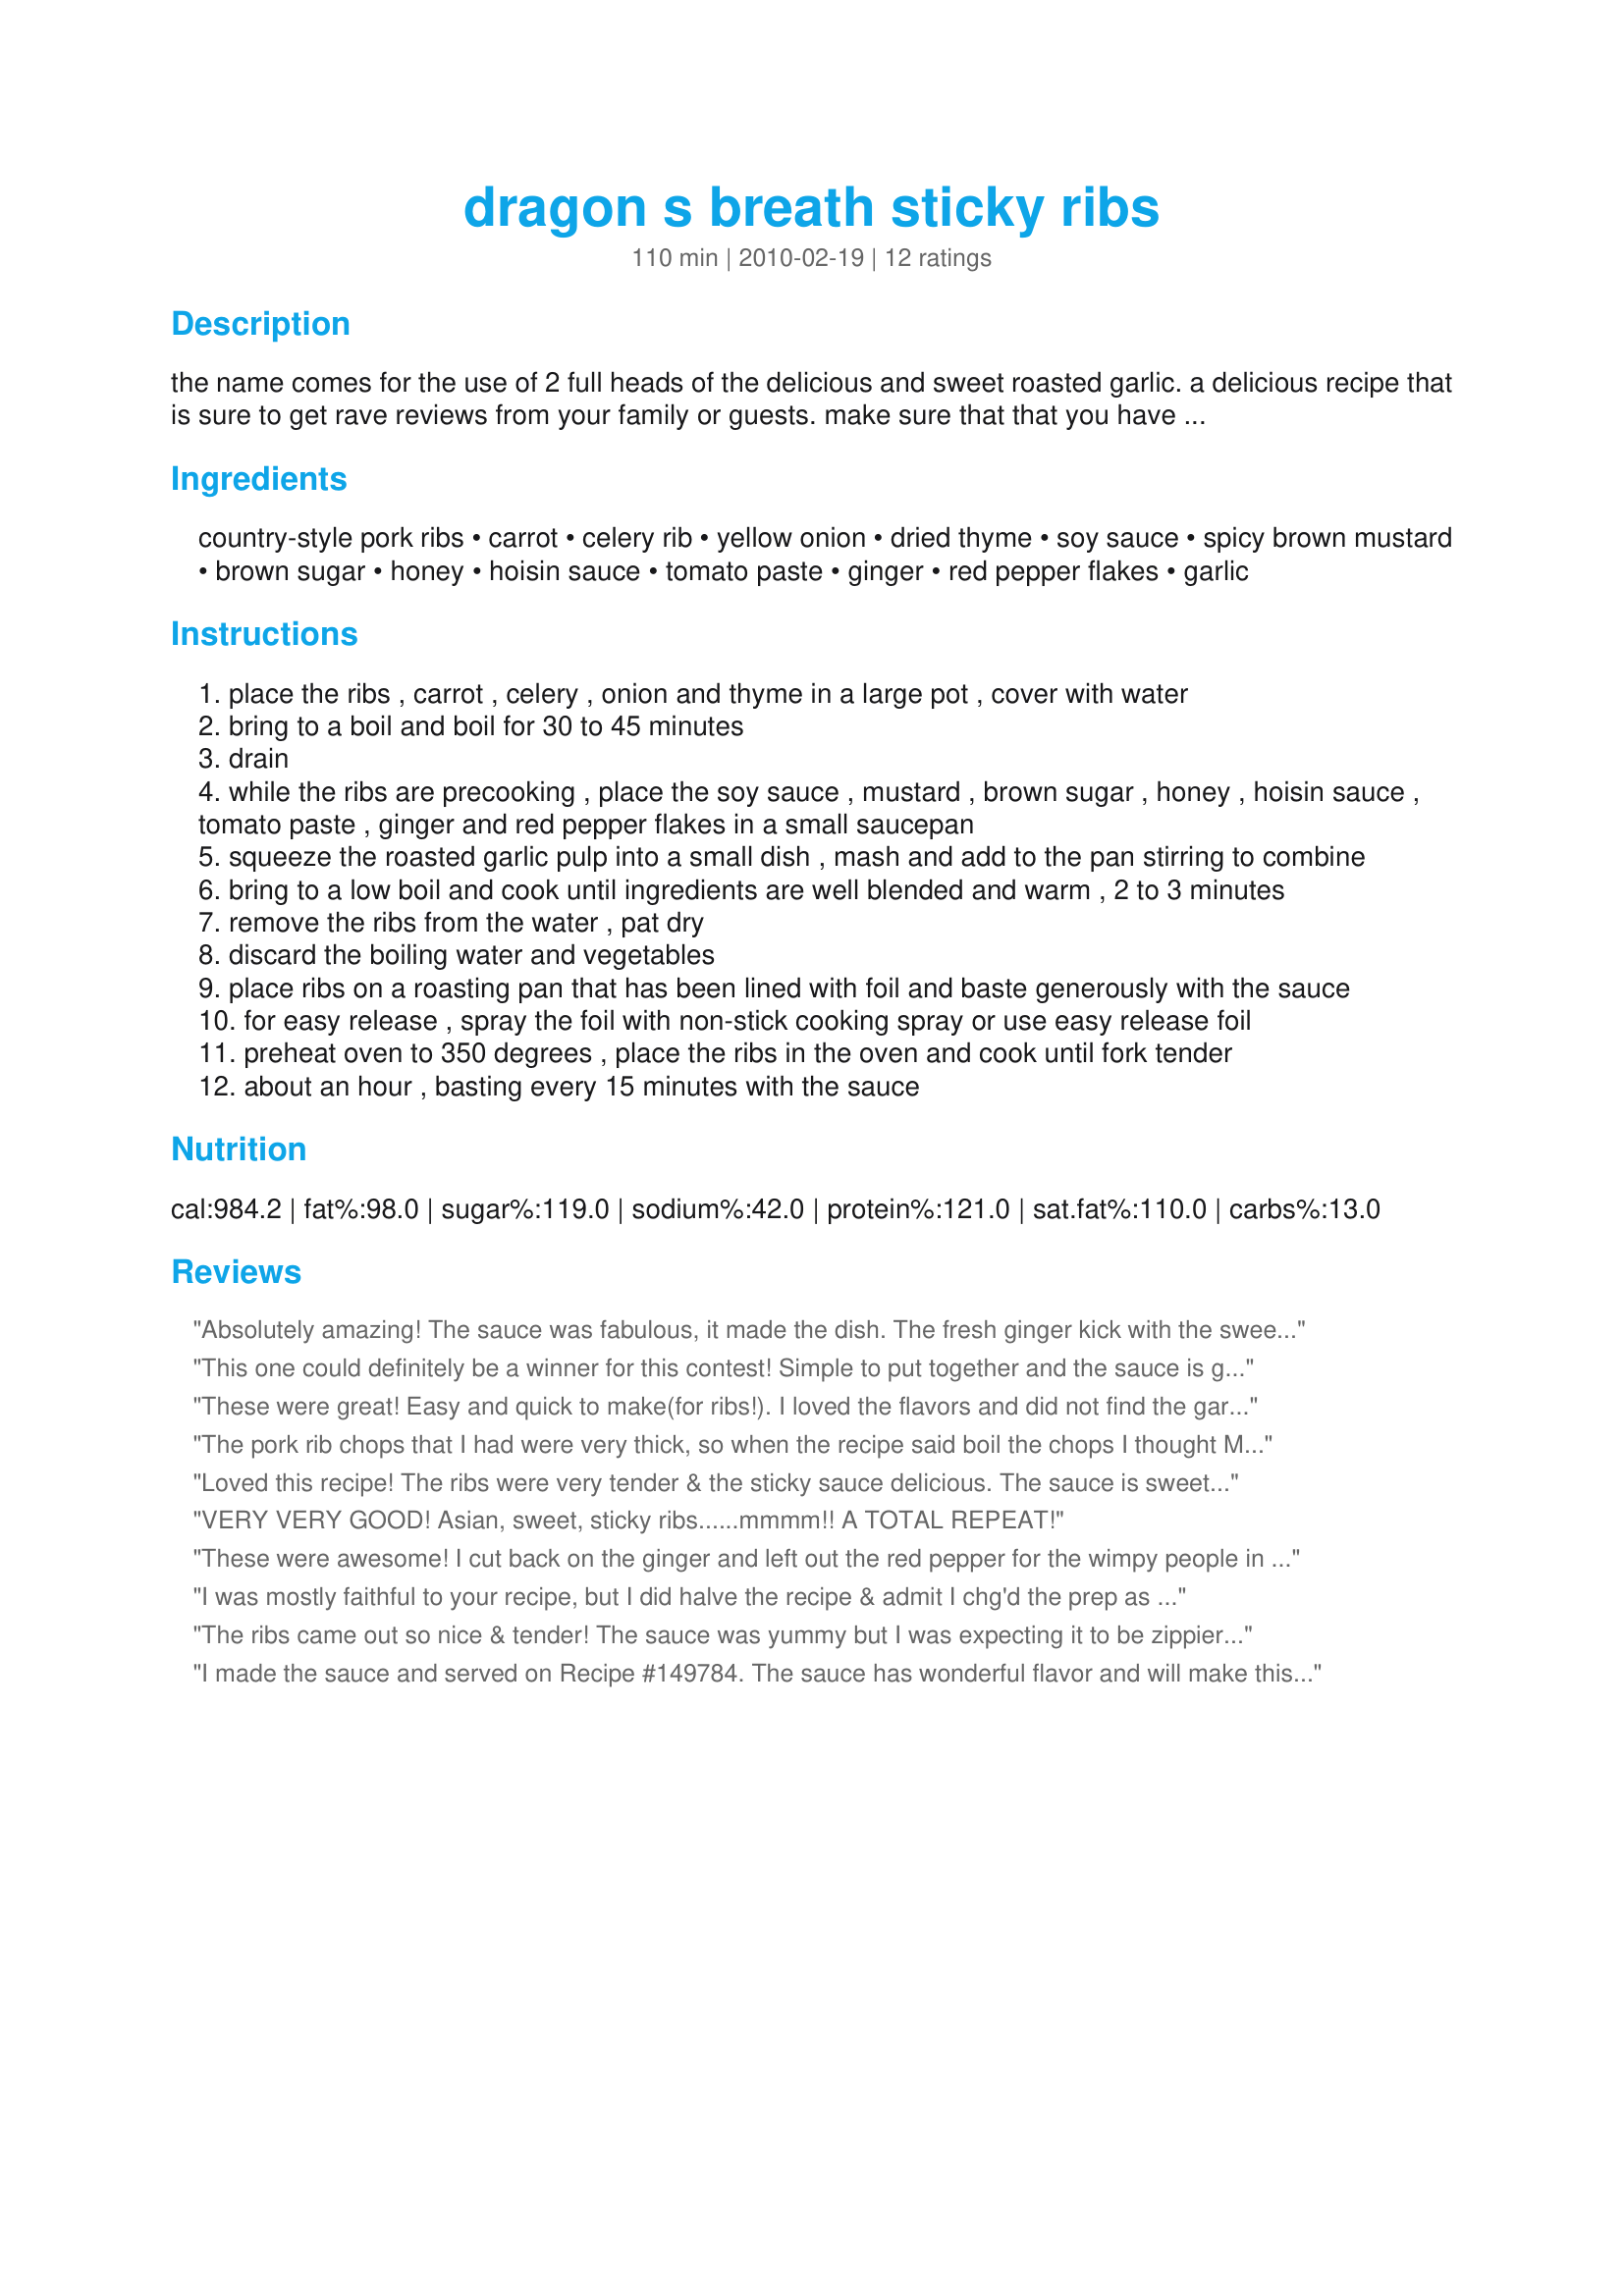
dragon s breath sticky ribs
Preparation time: 110 minutes

the name comes for the use of 2 full heads of the delicious and sweet roasted garlic. a delicious recipe that is sure to get rave reviews from your family or guests. make sure that that you have plenty of napkins on hand. dig in and enjoy! please note: if you want sauce for dipping you might want to make additional.

Ingredients:
country-style pork ribs, carrot, celery rib, yellow onion, dried thyme, soy sauce, spicy brown mustard, brown sugar, honey, hoisin sauce, tomato paste, ginger, red pepper flakes, garlic

Steps:
place the ribs , carrot , celery , onion and thyme in a large pot , cover with water
bring to a boil and boil for 30 to 45 minutes
drain
while the ribs are precooking , place the soy sauce , mustard , brown sugar , honey , hoisin sauce , tomato paste , ginger and red pepper flakes in a small saucepan
squeeze the roasted garlic pulp into a small dish , mash and add to the pan stirring to combine
bring to a low boil and cook until ingredients are well blended and warm , 2 to 3 minutes
remove the ribs from the water , pat dry
discard the boiling water and vegetables
place ribs on a roasting pan that has been lined with foil and baste generously with the sauce
for easy release , spray the foil with non-stick cooking spray or use easy release foil
preheat oven to 350 degrees , place the ribs in the oven and cook until fork tender
about an hour , basting every 15 minutes with the sauce

Reviews:
Absolutely amazing! The sauce was fabulous, it made the dish. The fresh ginger kick with the sweet raosted garlic and the smokiness of the paprika was a great combo of ingredients for the sauce, and we loved the Asian influences there. The ribs were tender and delicious, and boiling them with the veggies added flavor there too. This is a must make again recipe, that everyone in my house loved, which is pretty rare with the hard-to-please picky eaters I cook for lol! Good luck in the contest, great entry!
This one could definitely be a winner for this contest! Simple to put together and the sauce is great. I did not heat it on the stove, I just microwaved it to heat it up and it was fine. The only thing I had to do differently was use boneless country ribs..the one time I really needed bone in and my store didn't have them! Since they were boneless, I adjusted my boil time, and I will say that after an hour in the oven they were a little dry, and the sauce did start to burn a little. I don't know if it the dryness was due to the bake time or that I did't boil them long enough, but I'm not holding that against this recipe since it calls for bone in ribs...the outcome may have been very different. Bottom line, the sauce is fabulous and I would use it on my favorite rib cut..baby backs! The next time I will make extra sauce, as I love ribs both basted and then smothered with it. Definitely use the foil and coat with the spray...they do get sticky. Very nice entry for the contest. Good luck!!
These were great! Easy and quick to make(for ribs!). I loved the flavors and did not find the garlic to be at all overpowering. The ginger really cake through, so if you are not a big giner fan you may want to reduce the amount. I loved that they were nice and sticky!
The pork rib chops that I had were very thick, so when the recipe said boil the chops I thought Mmmm good idea, I hate when meat is tough and these were very good tender. the meat just fell of the bone. I didn't use all the pork in the recipe it was a bit much for even us we do like our pork, I used about half the amount. The sauce was also very good and very sticky, with a lot of flavour very tasty, I did make all the sauce and when I make them again I would still make them with half the chops and all of the sauce as I felt it needed that amount we liked them very much and will make them again DH just loved them thank you. Made for RSC#15
Loved this recipe! The ribs were very tender & the sticky sauce delicious. The sauce is sweet, sticky, and very flavorful. The roasted garlic is there, but even with a whole head not overpowering. If I were to adjust the sauce at all it might be to reduce the fresh garlic slightly. I did appreciate the instruction to use a foil lined pan. I definitely wouldnâ€™t have wanted to scrub that pan! LOL Served with Indian Fried potatoes, and a green salad. I will be making this again! Thank you for your contribution to RSC & good luck!
VERY VERY GOOD!

Asian, sweet, sticky ribs......mmmm!! A TOTAL REPEAT!
These were awesome! I cut back on the ginger and left out the red pepper for the wimpy people in my house. Made for cg 14.
I was mostly faithful to your recipe, but I did halve the recipe & admit I chg'd the prep as a matter of pers pref. I put the veggies/thyme in my crockpot, seared the pork ribs in a med-sized non-stick skillet & cooked them in the crockpot on High for 4 hrs. I used the same skillet to prepare the sauce & saved the brown sugar to add as the last ingredient. After adding 1/4 cup of brown sugar & tasting it, I decided it was sweet enough for us (a process I suggest). Then later I completed the prep as directed. Your creative use of the contest ingredients to produce the flavor of this sauce was inspired! DH snatched a taste, piled his plate high w/the rib meat & never took a bite of the rest of the meal I had prepared. Thx for sharing your recipe w/us & good luck in the contest. Made for RSC #15 & It could be you!
The ribs came out so nice & tender! The sauce was yummy but I was expecting it to be zippier. I use this method of boiling w/aromatics when making ribs so the sugars in the sauce don't burn before the ribs are cooked. Well done, chef! Thank you & good luck in the contest.
I made the sauce and served on Recipe #149784. The sauce has wonderful flavor and will make this one many times.
Great ribs! They were easy and good. I ended up over cooking the sauce so no pic this time. They tasted good but didn&#039;t look good - my fault. lol. Thanks, Paula for sharing. Made for Culinary Quest 2014.
I reduced this recipe by half to make use of 3 lbs of ribs, but I ended up making the full sauce amount. We do love our ribs smothered in it. :) This recipe created a good, sticky sauce. Our only complaint was the hoisin taste was more prominent than the garlic, spicy mustard or red pepper flakes. Next time we'll reduce the hoisin & I think they'll be perfect! Thanks for submitting your creation, Chef! Good luck!
